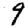
Digit: 9